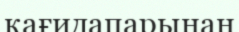
қағидапарынан